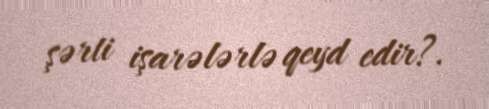
şərti işarələrlə qeyd edir?.